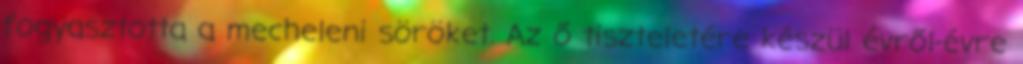
fogyasztotta a mecheleni söröket. Az ő tiszteletére készül évről-évre